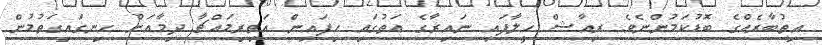
އިތުބާރެއްގެ ބޮޑުކަމުންނެވެ. ރިއާޝް ހީލާފައި ނައިރާގެ އަތުގައި ހިފައިން އަތިރިމައްޗާ ދިމާއަށް ހިނގައިގަތުމުން